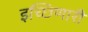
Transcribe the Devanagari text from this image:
इच्छिणारी